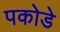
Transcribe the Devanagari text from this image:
पकोडे